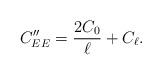
LaTeX: \begin{align*} C_{EE}''=\frac{2C_0}{\ell}+C_\ell.\end{align*}